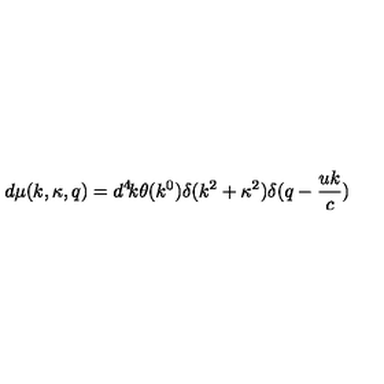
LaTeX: d \mu ( k , \kappa , q ) = d ^ { 4 } \! k \theta ( k ^ { 0 } ) \delta ( k ^ { 2 } + \kappa ^ { 2 } ) \delta ( q - \frac { u k } { c } )